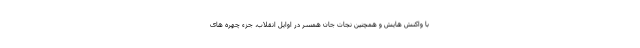
با واکنش هایش و همچنین نجات جان همسر در اوایل انقلاب، جزء چهره های